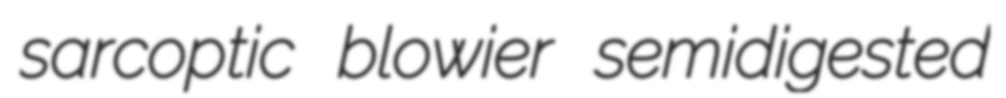
sarcoptic blowier semidigested